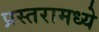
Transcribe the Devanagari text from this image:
प्रस्तरामध्ये